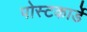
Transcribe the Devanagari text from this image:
पोस्टकार्डे